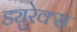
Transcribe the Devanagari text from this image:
ड्युरेक्स